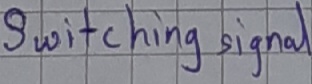
Text: Switching signal